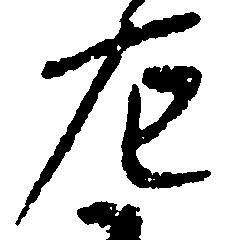
左